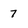
Character: 7